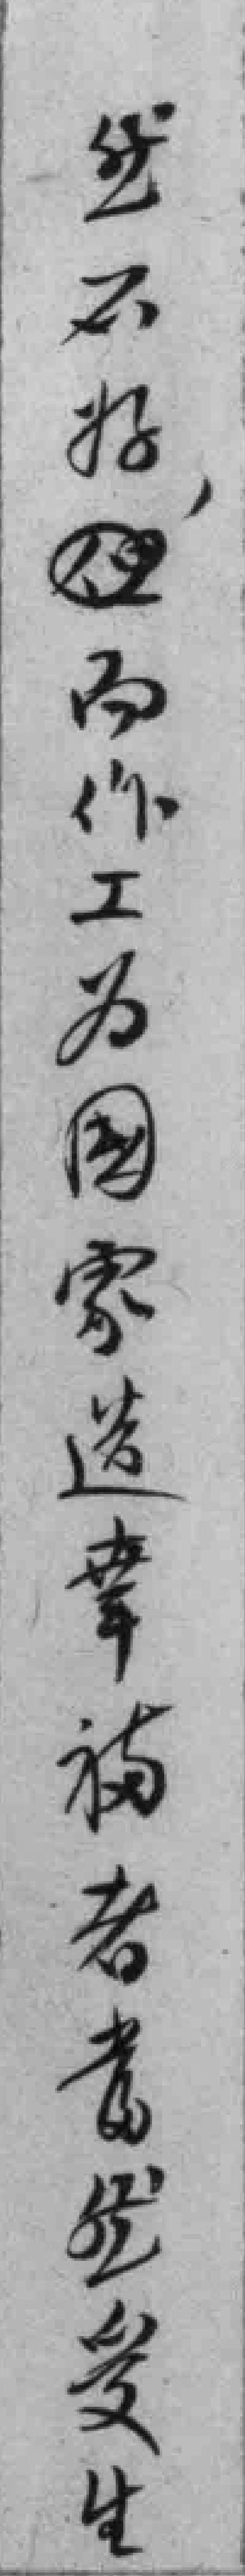
然不*，而作工为国家造幸福者當然受生